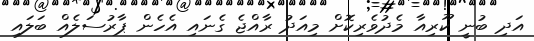
އަދި ބުނީ ކޫރިއާ މެދުވެރިކޮށް މިއަދު ރާއްޖެ ގެނައި އެހެން ޕާރުސަލެއް ބަލައި